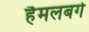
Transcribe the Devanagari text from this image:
हैमलबर्ग